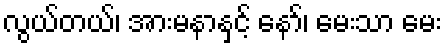
လွယ်တယ်၊ အားမနာနှင့် နော်၊ မေးသာ မေး